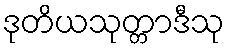
ဒုတိယသုတ္တာဒီသု